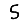
Digit: 5